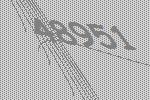
48951